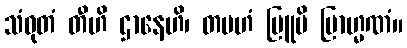
သံဝုတံ တီဟိ ဌာနေဟိ၊ တမဟံ ဗြူမိ ဗြာဟ္မဏံ။